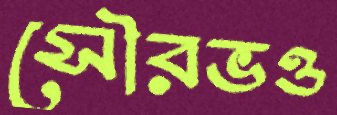
সৌরভও